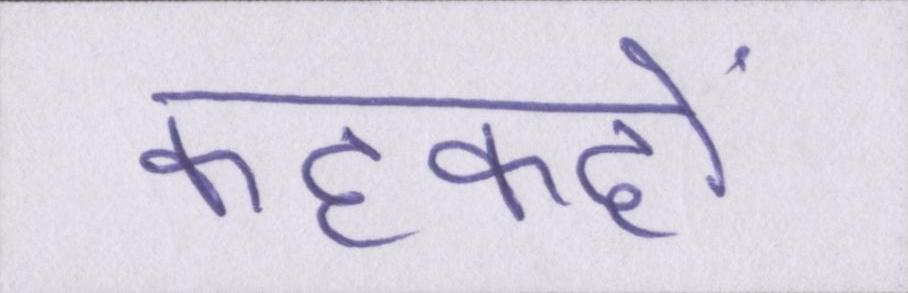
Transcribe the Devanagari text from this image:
कहकहों